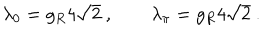
\lambda _ { 0 } = g _ { R } 4 \sqrt { 2 } \ , \qquad \lambda _ { \pi } = g _ { R } 4 \sqrt { 2 } \ .